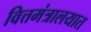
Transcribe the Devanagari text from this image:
वित्तमंत्रालयात